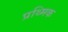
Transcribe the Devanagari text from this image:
प्रथ्मिक